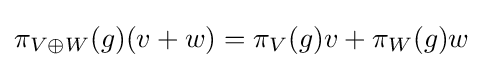
\pi _{V\oplus W}(g)(v+w)=\pi _{V}(g)v+\pi _{W}(g)w